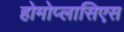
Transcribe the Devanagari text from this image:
होमोप्लासिएस